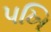
પખિ